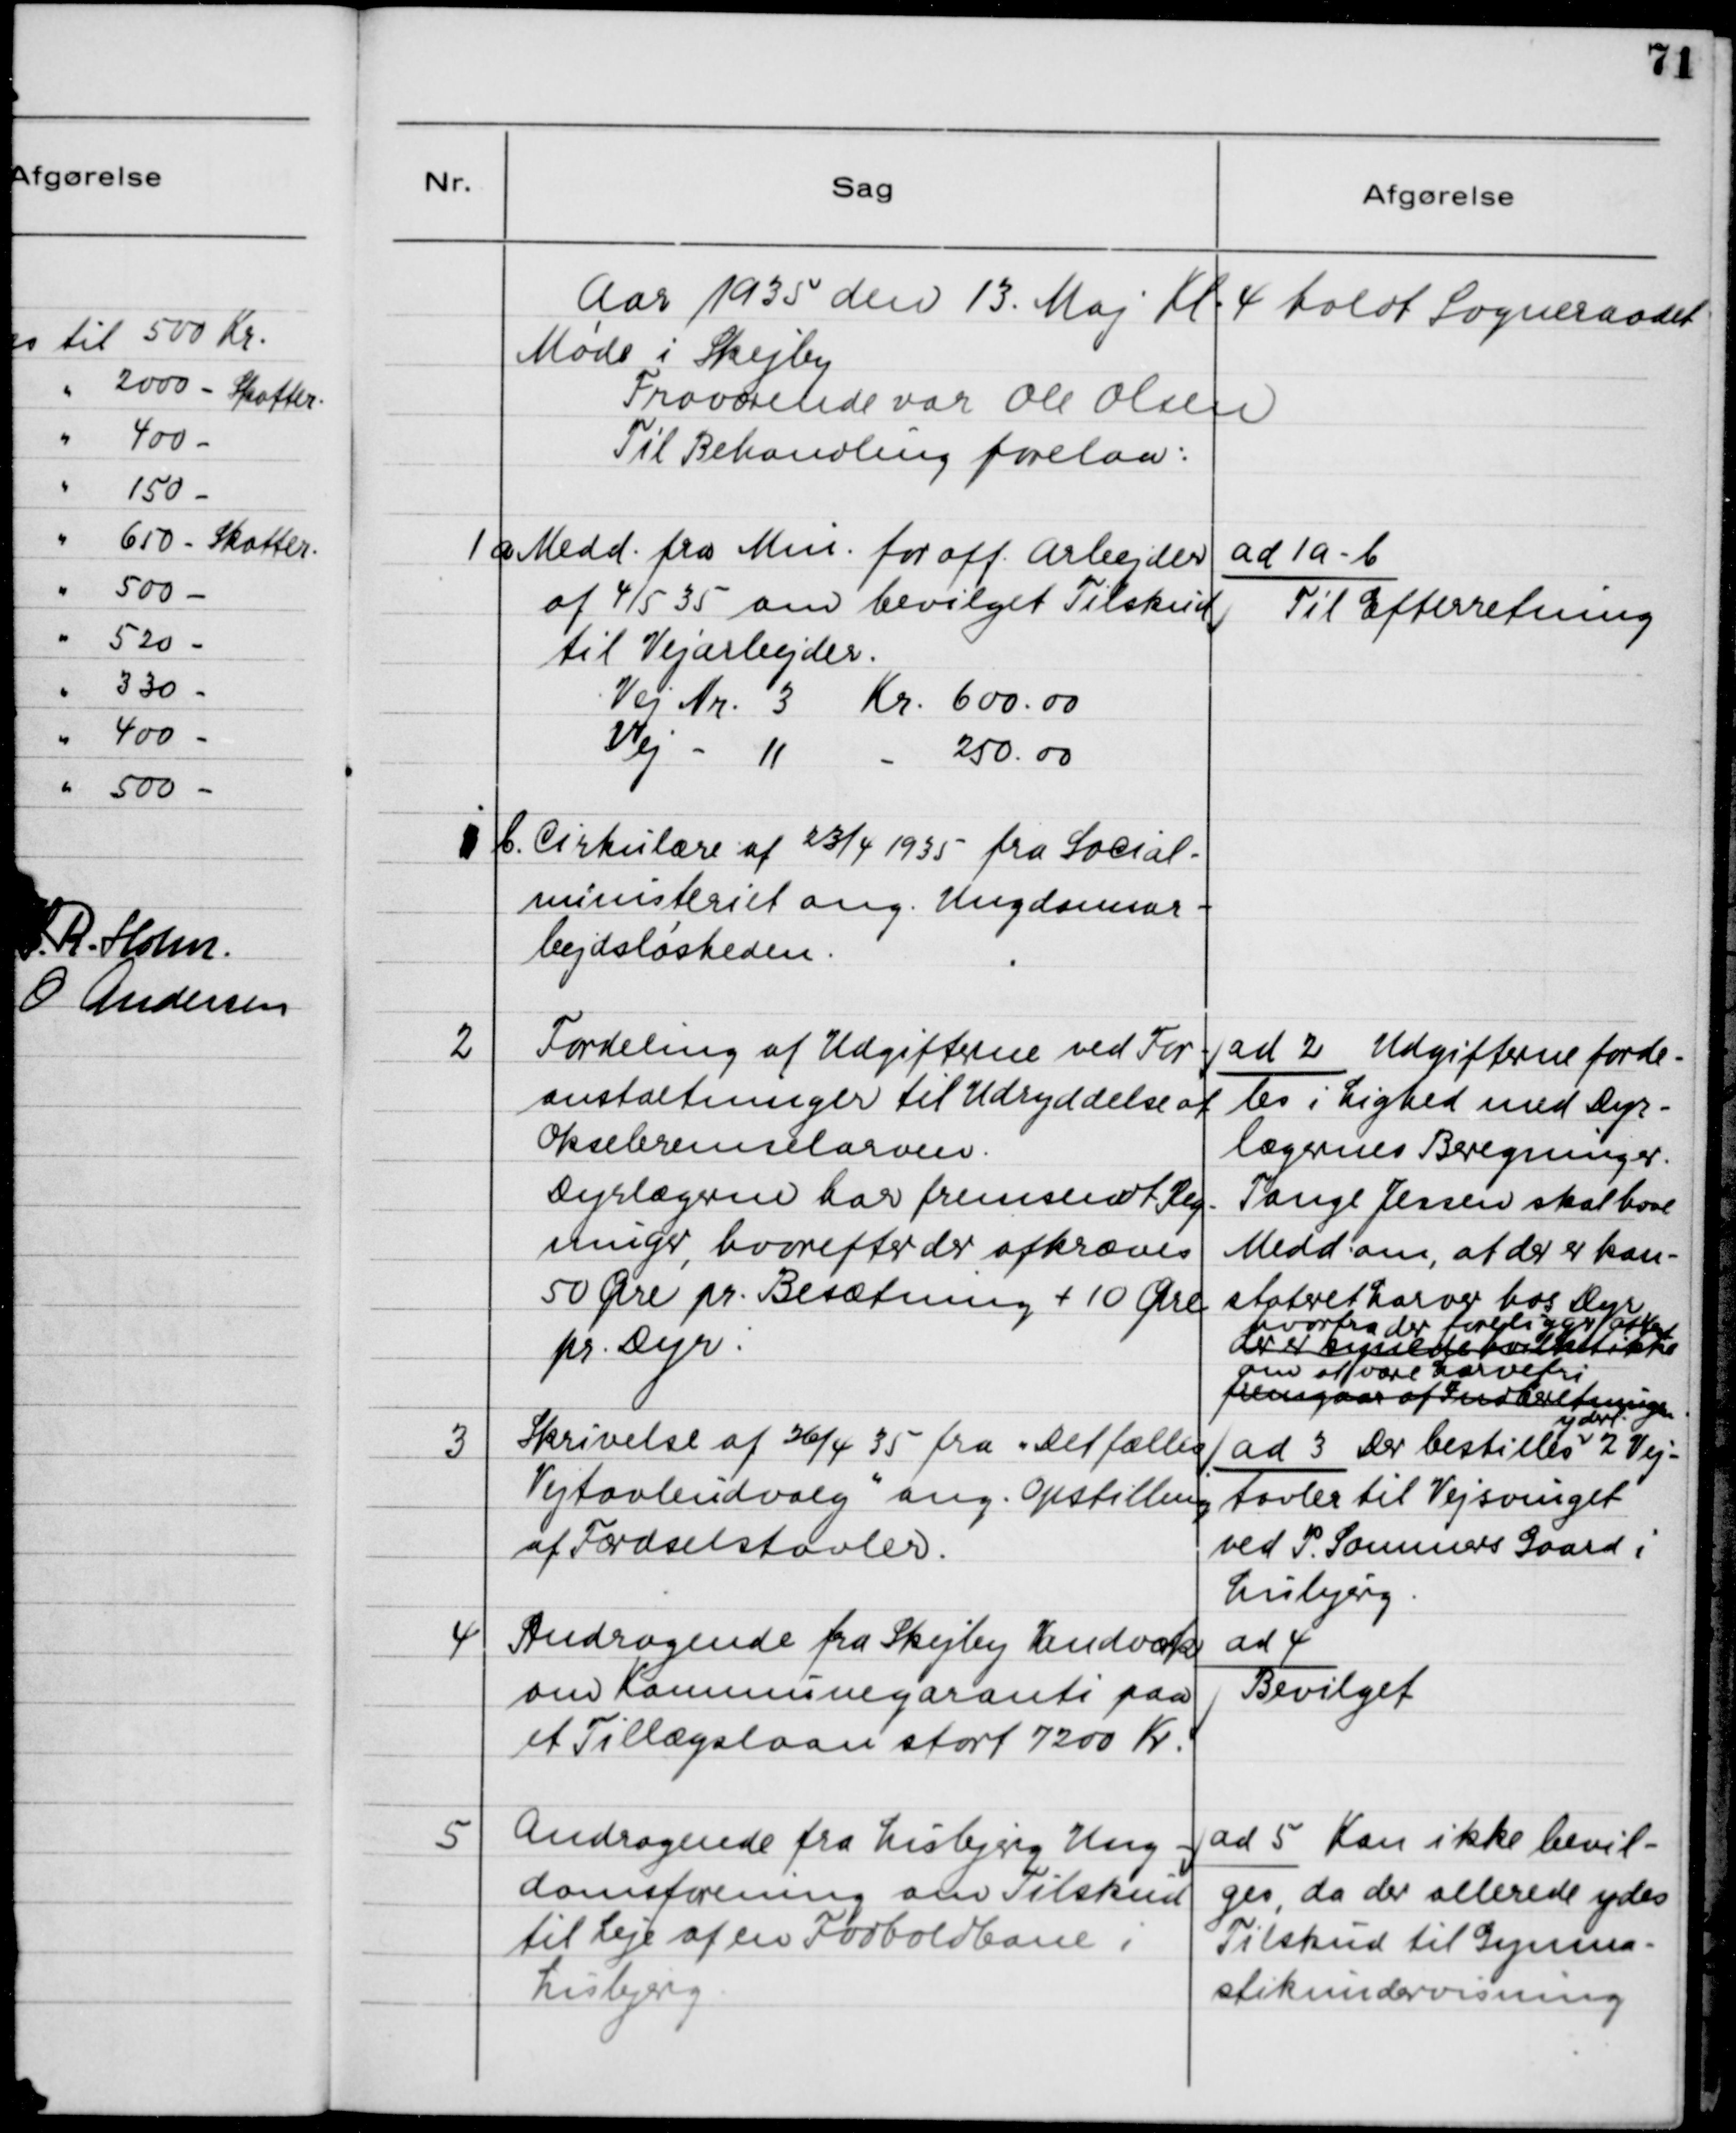
Transskription:
Aar 1935 den 13. Maj Kl. 4 holdt Sogneraadet
Møde i Skejby.
Fraværende var Ole Olsen
Til Behandling forelaa:

1

a) Medd. fra Min. for off. Arbejder
af 4/5 35, om bevilget Tilskud
til Vejarbejder
Vej Nr. 3 Kr. 600.00
Vej -
11
-
250.00
b) Cirkulære af 23/4 1935 fra Social-
ministeriet ang. Ungdomsar-
bejdsløsheden.

ad 1 a-b
Til Efterretning

2

Fordeling af Udgifterne ved For-
anstaltninger til Udryddelse af
Oksebremselarven.
Dyrlægen har fremsendt Reg-
ninger, hvorefter der afkræves
50 Øre pr. Besætning + 10 Øre
pr. Dyr

ad 2. Udgifterne forde-
les i Lighed med Dyr-
lægernes Beregninger.
Tange Jensen skal have
Medd. om, at der er kon-
stateret Larver hos Dyr
hvorfra der foreligger Attest
der er  fdldsd d
om at være Larvefri.
fremgaar af Indberetningen

3

Skrivelse af 26/4 35 fra "Det fælles
Vejtavleudvalg" ang. Opstilling
af Færdselstavler.

yderl.
ad 3 Der bestilles 2 Vej-
tavler til Vejsvinget
 ved P. Sommers Gaard i
Lisbjerg.

4

Andragende fra Skejby Vandværk
om Kommunegaranti paa
et Tillægslaan stort 7200 Kr.

ad 4
Bevilget

5

Andragende fra Lisbjerg Ung-
domsforening om Tilskud
til Leje af en Fodboldbane i
Lisbjerg.

ad 5 Kan ikke bevil-
ges, da der allerede ydes
Tilskud til Gymna-
stikundervisning.